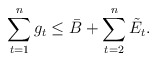
\begin{align*}\sum_{t=1}^{n} g_t\leq \bar{B}+\sum_{t=2}^{n} \tilde{E}_t.\end{align*}